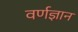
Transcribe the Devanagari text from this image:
वर्णज्ञान